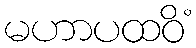
မဟာပထဝိံ